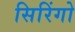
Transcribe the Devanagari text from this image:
सिरिंगो